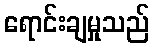
ရောင်းချမှုသည်